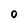
Character: O